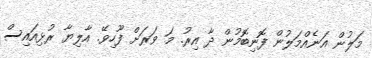
މަލުން އަނެއްމަލުން ފޮނިބޮމުން ދާ އިރު. މަ ވަރަށް ފޫހިވޭ. އާލިޔާ ރުޅިއައިސް